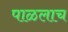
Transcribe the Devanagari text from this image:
पाळलाच